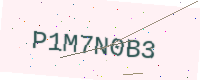
Text: P1M7N0B3